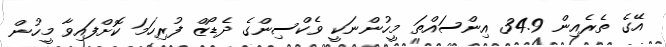
އޭގެ ތެރެއިން 34.9 އިންސައްތަ މީހުންނަކީ ވެކްސިންގެ ދެޑޯޒް ފުރިހަމަ ކޮށްފައިވާ މީހުން